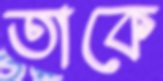
তাকে